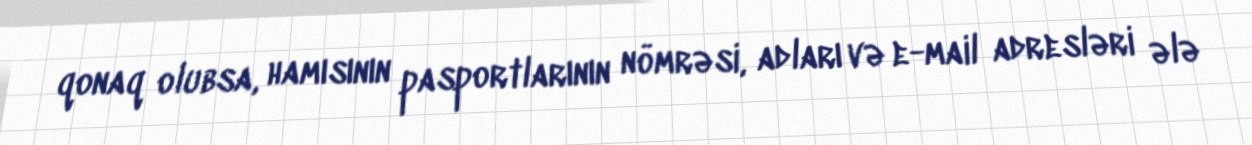
qonaq olubsa, hamısının pasportlarının nömrəsi, adları və e-mail adresləri ələ